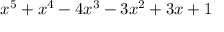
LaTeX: x ^ { 5 } + x ^ { 4 } - 4 x ^ { 3 } - 3 x ^ { 2 } + 3 x + 1